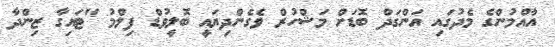
އާއްމުންގެ މެދުގައި އަންގަދް ބޮޑަށް މަޝްހުރް ވެގެންދިޔައީ ބޮލީވުޑް ފިލްމު "ޓައިގާ ޒިންދާ